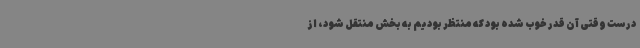
درست وقتی آن قدر خوب شده بود که منتظر بودیم به بخش منتقل شود، از